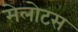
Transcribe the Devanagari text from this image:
मेलोटस